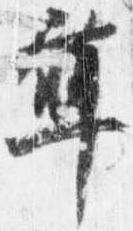
草